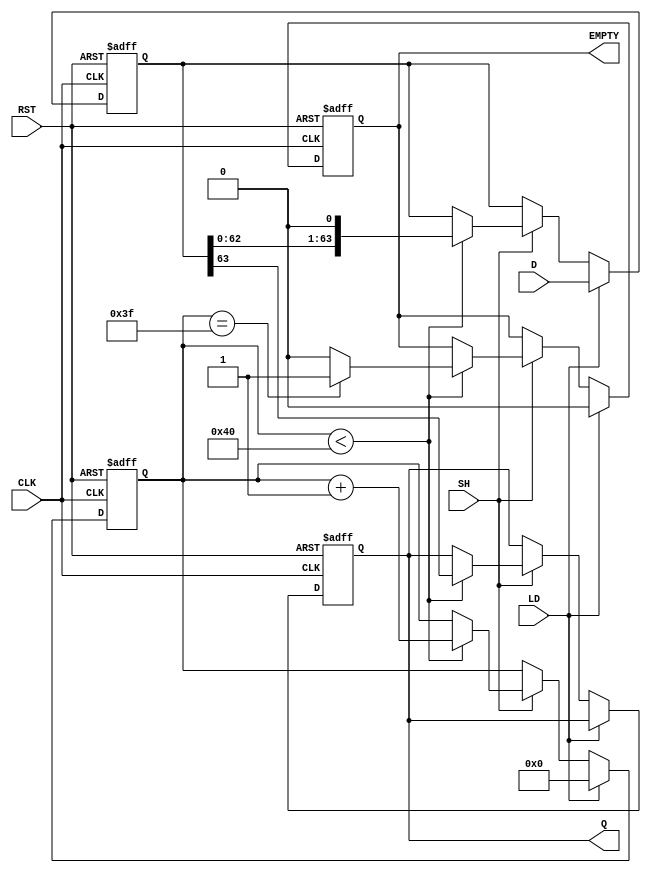
module PISO_64 (
    input [63:0] D,       // 64-bit input data
    input LD,            // Load signal
    input SH,            // Shift signal
    input CLK,           // Clock signal
    input RST,           // Reset signal
    output reg Q,        // Serial output bit
    output reg EMPTY     // Empty signal
);

    reg [63:0] shift_reg; // 64-bit shift register
    reg [6:0] counter;     // 7-bit counter to track number of bits shifted out

    // Asynchronous reset
    always @(posedge CLK or posedge RST) begin
        if (RST) begin
            shift_reg <= 64'b0;       // Clear shift register
            Q <= 1'b0;                // Clear serial output
            counter <= 7'b0;          // Clear bit counter
            EMPTY <= 1'b1;            // Register is empty
        end else begin
            if (LD) begin
                shift_reg <= D;        // Load data into shift register
                counter <= 7'b0;       // Reset counter
                EMPTY <= 1'b0;         // Register is not empty
            end else if (SH) begin
                if (counter < 7'd64) begin
                    Q <= shift_reg[63]; // Output the MSB
                    shift_reg <= {shift_reg[62:0], 1'b0}; // Shift right
                    counter <= counter + 1; // Increment counter
                    EMPTY <= (counter == 63) ? 1'b1 : 1'b0; // Check if empty
                end
            end
        end
    end

endmodule